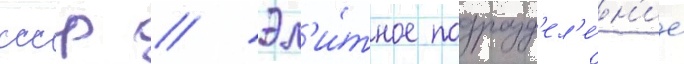
ссср // Эл'и́тное подразд'ел'е́н'ие